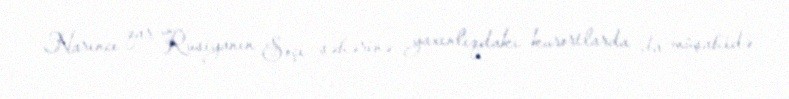
Narıncı qar Rusiyanın Soçi şəhərinə yaxınlıqdakı kurortlarda da müşahidə